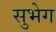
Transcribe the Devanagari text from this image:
सुभेग